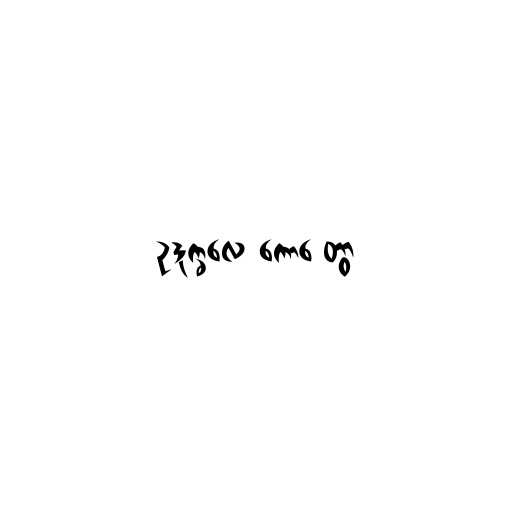
ဥဒုက္ခလေ ကောဋ္ဋေတွာ